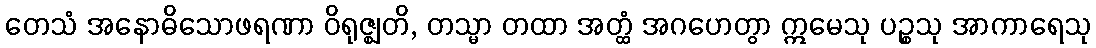
တေသံ အနောဓိသောဖရဏာ ဝိရုဇ္ဈတိ, တသ္မာ တထာ အတ္ထံ အဂဟေတွာ ဣမေသု ပဉ္စသု အာကာရေသု